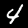
Label: 4